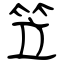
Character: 笠